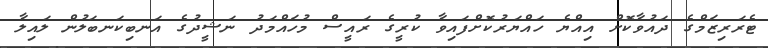
ޓެރަރިޒަމްގެ ދައުވާކޮށް އިއްޔެ ހައްޔަރުކޮށްފައިވާ ކުރީގެ ރައީސް މުހައްމަދު ނަޝީދުގެ އަނބިކަނބަލުން ލައިލާ